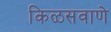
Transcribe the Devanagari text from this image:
किळसवाणे